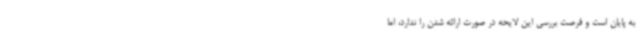
به پایان است و فرصت بررسی این لایحه در صورت ارائه شدن را ندارد، اما